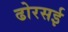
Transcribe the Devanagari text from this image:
ढोरसई